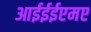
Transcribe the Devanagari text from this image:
आईईईएमए